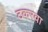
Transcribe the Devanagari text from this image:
ठकरवा